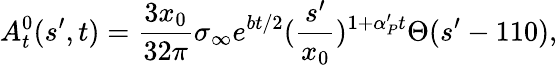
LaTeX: A_{t}^{0}(s^{\prime},t)={\frac{3x_{0}}{32\pi}}\sigma_{\infty}e^{bt/2}({\frac{s^{\prime}}{x_{0}}})^{1+\alpha_{P}^{\prime}t}\Theta(s^{\prime}-110),